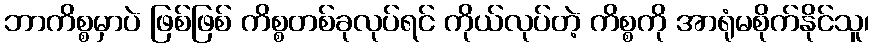
ဘာကိစ္စမှာပဲ ဖြစ်ဖြစ် ကိစ္စတစ်ခုလုပ်ရင် ကိုယ်လုပ်တဲ့ ကိစ္စကို အာရုံမစိုက်နိုင်သူ၊